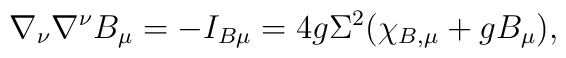
\nabla_\nu \nabla ^\nu B_\mu =-I_{B\mu }=4g\Sigma ^2 (\chi_{B,\mu} + g B_\mu),